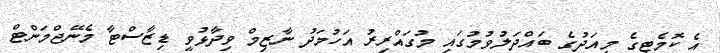
އެ ކޮމެޓީގެ މިއަދުގެ ބައްދަލުވުމުގައި މުގައްރިރު އަހުމަދު ނާޒިމް ވިދާޅުވީ ޑިޒާސްޓާ މެނޭޖްމަންޓް